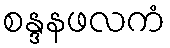
စန္ဒနဖလကံ